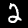
Digit: 2